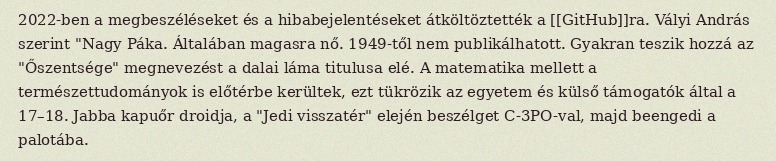
2022-ben a megbeszéléseket és a hibabejelentéseket átköltöztették a [[GitHub]]ra. Vályi András szerint "Nagy Páka. Általában magasra nő. 1949-től nem publikálhatott. Gyakran teszik hozzá az "Őszentsége" megnevezést a dalai láma titulusa elé. A matematika mellett a természettudományok is előtérbe kerültek, ezt tükrözik az egyetem és külső támogatók által a 17–18. Jabba kapuőr droidja, a "Jedi visszatér" elején beszélget C-3PO-val, majd beengedi a palotába.